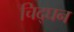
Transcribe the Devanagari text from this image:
चिद्घन